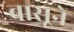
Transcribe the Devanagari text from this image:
बासूने